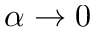
\alpha \rightarrow 0